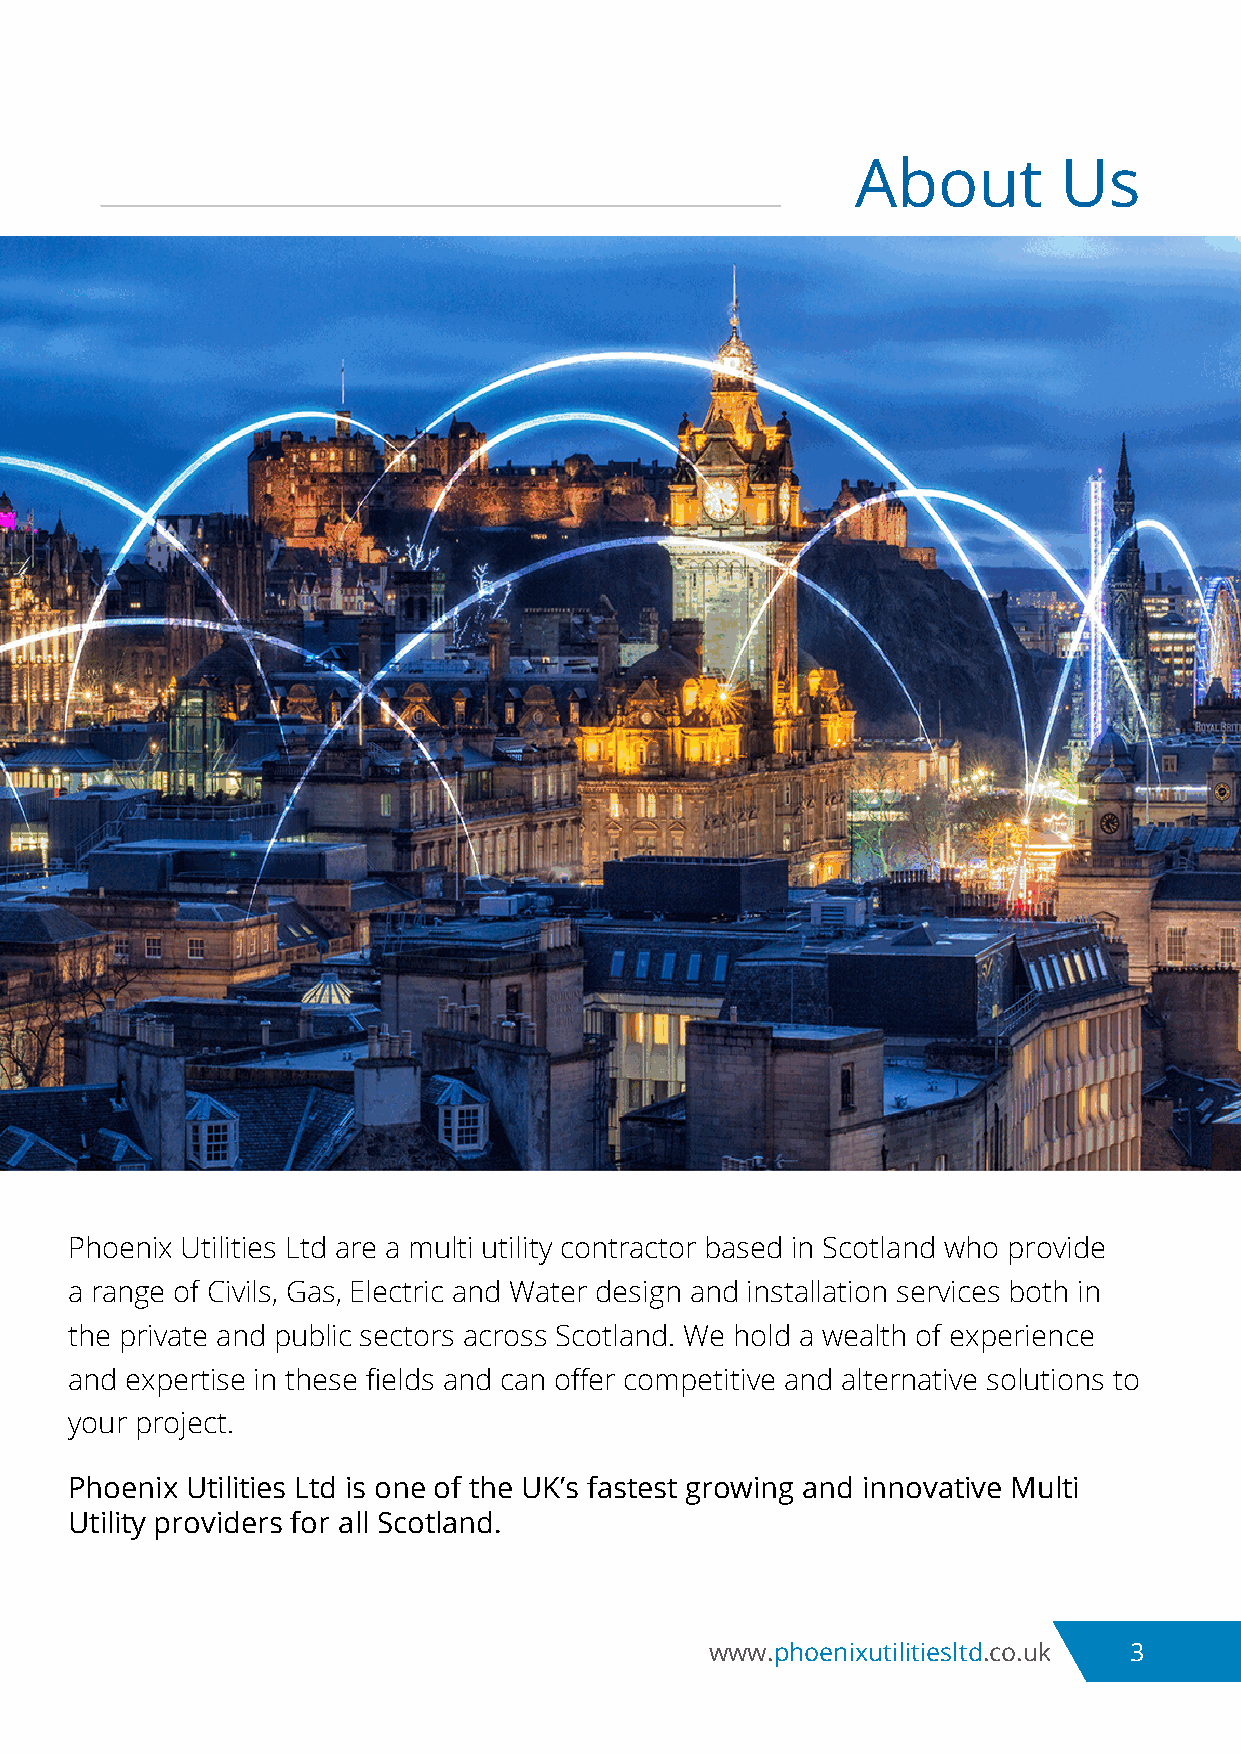
About        Us
 Phoenix Utilities Ltd are a multi utility contractor based in Scotland who provide
 a range of Civils, Gas, Electric and Water design and installation services both in
 the private and public sectors across Scotland. We hold a wealth of experience
 and expertise in these fields and can offer competitive and alternative solutions to
 your project.
 Phoenix Utilities Ltd is one of the UK’s fastest growing and innovative Multi
 Utility providers for all Scotland.
 www.phoenixutilitiesltd.co.uk 3